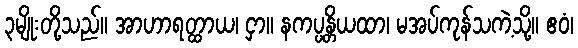
၃မျိုးတို့သည်။ အာဟာရတ္ထာယ၊ ငှာ။ နကပ္ပန္တိယထာ၊ မအပ်ကုန်သကဲ့သို့။ ဧဝံ၊